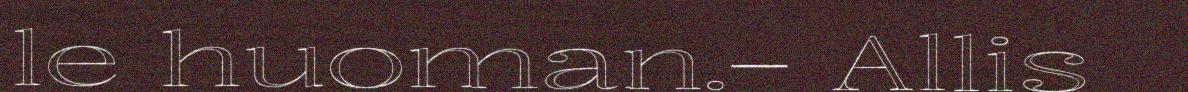
le huoman.– Allis